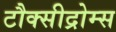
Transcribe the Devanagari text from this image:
टौक्सीद्रोम्स